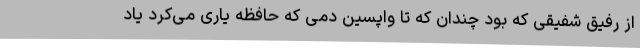
از رفیق شفیقی که بود چندان که تا واپسین دمی که حافظه یاری می‌کرد یاد